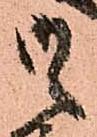
候